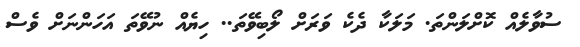
ސުވާލެއް ކޮށްލަންތަ. މަލަކާ ދެކެ ވަރަށް ލޯބިވޭތަ.. ހިޔެއް ނުވޭތަ އަހަންނަށް ވެސް